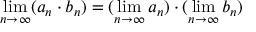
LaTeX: \operatorname* { l i m } _ { n \to \infty } ( a _ { n } \cdot b _ { n } ) = ( \operatorname* { l i m } _ { n \to \infty } a _ { n } ) \cdot ( \operatorname* { l i m } _ { n \to \infty } b _ { n } )